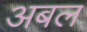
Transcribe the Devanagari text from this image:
अबल